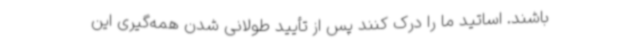
باشند. اساتید ما را درک کنند پس از تأیید طولانی شدن همه‌گیری این